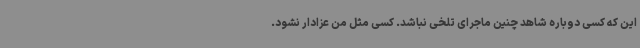
این که کسی دوباره شاهد چنین ماجرای تلخی نباشد. کسی مثل من عزادار نشود.